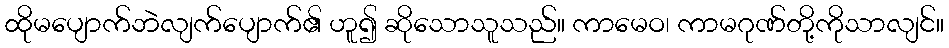
ထိုမပျောက်ဘဲလျက်ပျောက်၏ ဟူ၍ ဆိုသောသူသည်။ ကာမေဝ၊ ကာမဂုဏ်တို့ကိုသာလျင်။